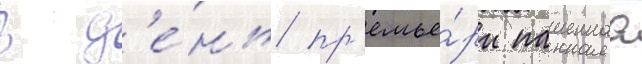
В д'е́нь пр'емье́ры пашеннаа